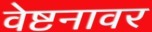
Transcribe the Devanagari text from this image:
वेष्टनावर